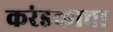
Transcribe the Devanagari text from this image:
करंडकाचा